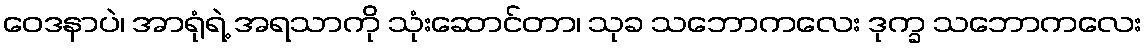
ဝေဒနာပဲ၊ အာရုံရဲ့ အရသာကို သုံးဆောင်တာ၊ သုခ သဘောကလေး ဒုက္ခ သဘောကလေး